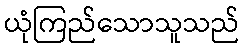
ယုံကြည်သောသူသည်